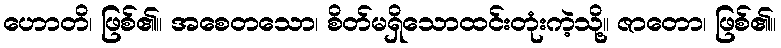
ဟောတိ၊ ဖြစ်၏။ အစေတသော၊ စိတ်မရှိသောထင်းတုံးကဲ့သို့။ ဇာတော၊ ဖြစ်၏။